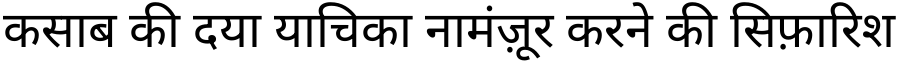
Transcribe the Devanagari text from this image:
कसाब की दया याचिका नामंज़ूर करने की सिफ़ारिश